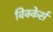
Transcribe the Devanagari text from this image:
विक्केर्स